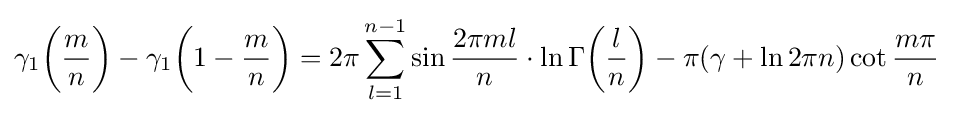
\gamma _{1}{\biggl (}{\frac {m}{n}}{\biggr )}-\gamma _{1}{\biggl (}1-{\frac {m}{n}}{\biggr )}=2\pi \sum _{l=1}^{n-1}\sin {\frac {2\pi ml}{n}}\cdot \ln \Gamma {\biggl (}{\frac {l}{n}}{\biggr )}-\pi (\gamma +\ln 2\pi n)\cot {\frac {m\pi }{n}}